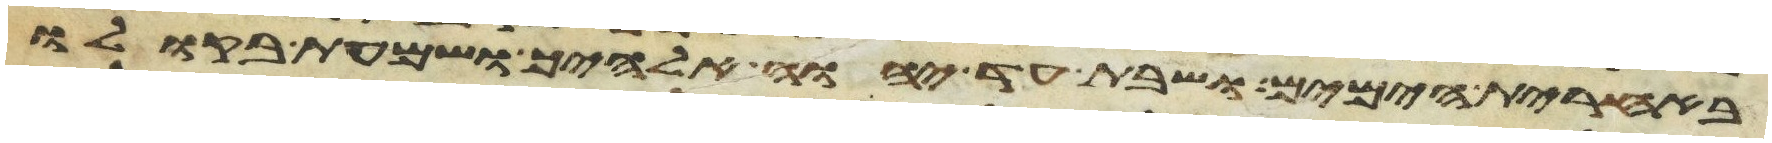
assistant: באחרית הימים ושבת עד יהוה אלהיך ושמעת בקולו